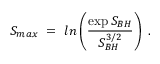
S _ { m a x } ~ = ~ l n \left( { \frac { \exp { S _ { B H } } } { S _ { B H } ^ { 3 / 2 } } } \right) ~ .